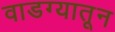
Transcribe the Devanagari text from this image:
वाडग्यातून